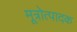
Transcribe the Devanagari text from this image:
मूत्रोत्पादक